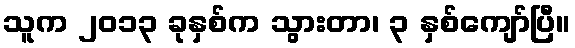
သူက ၂၀၁၃ ခုနှစ်က သွားတာ၊ ၃ နှစ်ကျော်ပြီ။